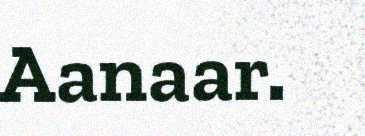
Aanaar.